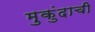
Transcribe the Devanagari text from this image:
मुकुंदाची